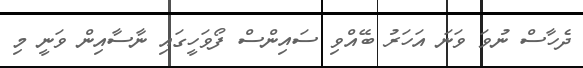
ދެހާސް ނުވަ ވަނަ އަހަރު ބޭއްވި ސައިންސް ފޯވަހީގައި ނާސާއިން ވަނީ މި